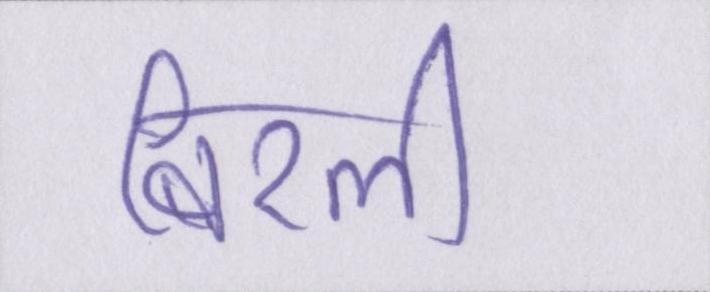
बिरली